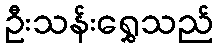
ဦးသန်းရွှေသည်